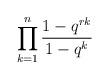
LaTeX: \begin{align*}\prod_{k=1}^n\frac{1-q^{rk}}{1-q^k}\end{align*}